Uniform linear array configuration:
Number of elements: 16
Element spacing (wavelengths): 0.75
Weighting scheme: kaiser
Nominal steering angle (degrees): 30
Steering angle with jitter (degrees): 28.013
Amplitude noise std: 0.05
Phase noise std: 0.05

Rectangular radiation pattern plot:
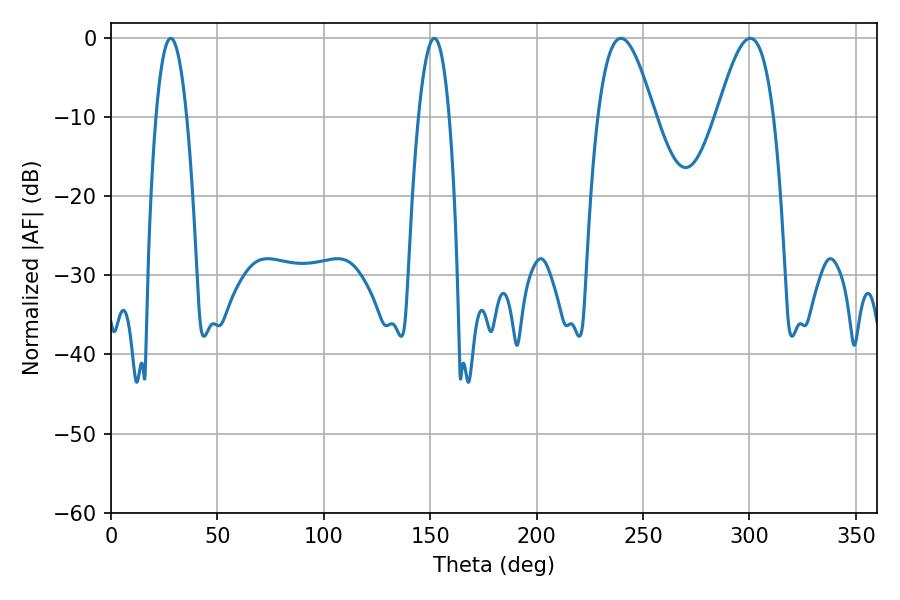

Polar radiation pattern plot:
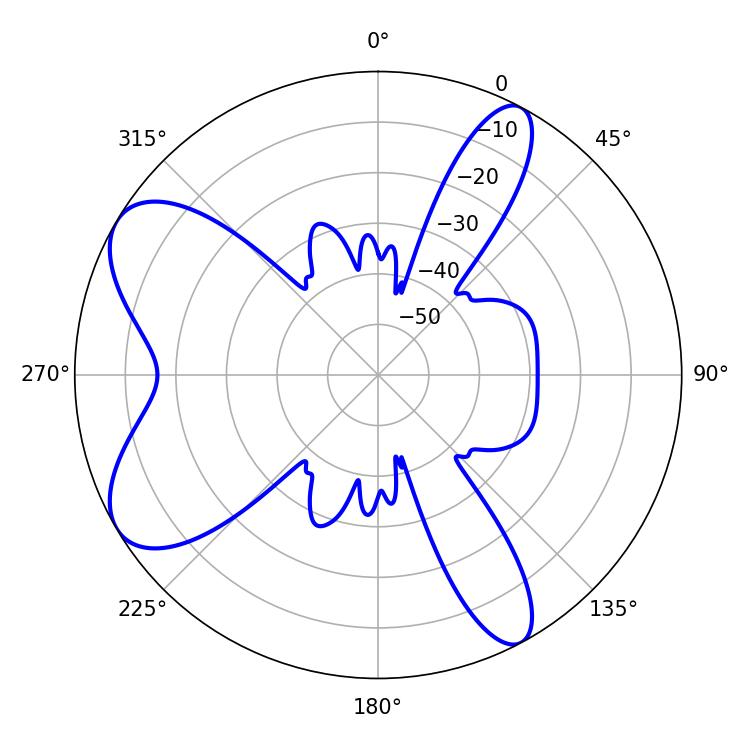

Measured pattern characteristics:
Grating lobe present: TRUE
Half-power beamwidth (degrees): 8.1
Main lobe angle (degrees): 28.08